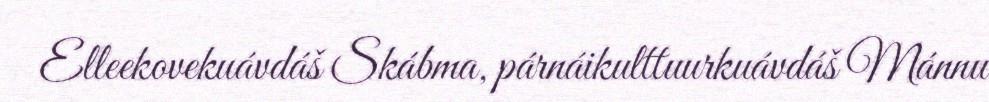
Elleekovekuávdáš Skábma, párnáikulttuurkuávdáš Mánnu